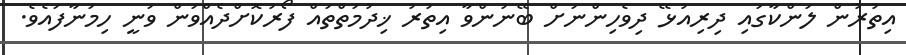
އިތުރުން ލަންކާގައި ދިރިއުޅޭ ދިވެހިންނަށް ބޭނުންވާ އިތުރު ޚިދުމަތްތައް ފޯރުކޮށްދެއްވަން ވަނީ ހިމަނާފައެވެ.